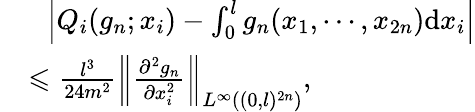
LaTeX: \begin{array}{rl}&{~~\left|Q_{i}(g_{n};x_{i})-\int_{0}^{l}g_{n}(x_{1},\cdots,x_{2n})\mathrm{d}x_{i}\right|}\\ &{\leqslant\frac{l^{3}}{24m^{2}}\left\| \frac{\partial^{2}g_{n}}{\partial x_{i}^{2}}\right\| _{L^{\infty}((0,l)^{2n})},}\end{array}